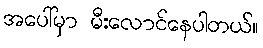
အပေါ်မှာ မီးလောင်နေပါတယ်။